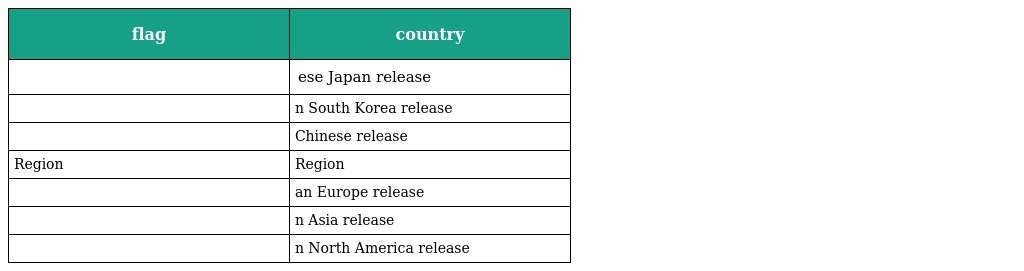
| flag | country |
 | --- | --- |
 |  | ese Japan release |
 |  | n South Korea release |
 |  | Chinese release |
 | Region | Region |
 |  | an Europe release |
 |  | n Asia release |
 |  | n North America release |